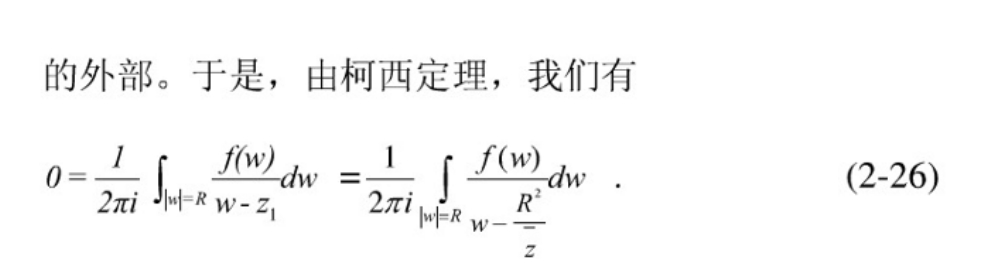
的外部。于是，由柯西定理，我们有
\[
0 = \frac{1}{2\pi i} \int_{|w| = R} \frac{f(w)}{w - z_1} dw = \frac{1}{2\pi i} \int_{|w| = R} \frac{f(w)}{w - \frac{R^{2}}{\overline{z}}} dw \,. \tag{2-26}
\]